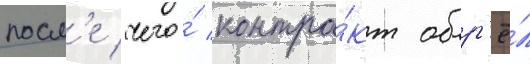
посл'е чего́ контра́кт обр'ё́л